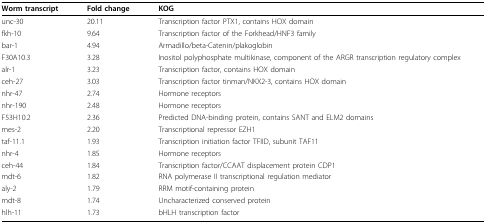
<table><thead><tr><td><b>Worm transcript</b></td><td><b>Fold change</b></td><td><b>KOG</b></td></tr></thead><tbody><tr><td>unc-30</td><td>20.11</td><td>Transcription factor PTX1, contains HOX domain</td></tr><tr><td>fkh-10</td><td>9.64</td><td>Transcription factor of the Forkhead/HNF3 family</td></tr><tr><td>bar-1</td><td>4.94</td><td>Armadillo/beta-Catenin/plakoglobin</td></tr><tr><td>F30A10.3</td><td>3.28</td><td>Inositol polyphosphate multikinase, component of the ARGR transcription regulatory complex</td></tr><tr><td>alr-1</td><td>3.23</td><td>Transcription factor, contains HOX domain</td></tr><tr><td>ceh-27</td><td>3.03</td><td>Transcription factor tinman/NKX2-3, contains HOX domain</td></tr><tr><td>nhr-47</td><td>2.74</td><td>Hormone receptors</td></tr><tr><td>nhr-190</td><td>2.48</td><td>Hormone receptors</td></tr><tr><td>F53H10.2</td><td>2.36</td><td>Predicted DNA-binding protein, contains SANT and ELM2 domains</td></tr><tr><td>mes-2</td><td>2.20</td><td>Transcriptional repressor EZH1</td></tr><tr><td>taf-11.1</td><td>1.93</td><td>Transcription initiation factor TFIID, subunit TAF11</td></tr><tr><td>nhr-4</td><td>1.85</td><td>Hormone receptors</td></tr><tr><td>ceh-44</td><td>1.84</td><td>Transcription factor/CCAAT displacement protein CDP1</td></tr><tr><td>mdt-6</td><td>1.82</td><td>RNA polymerase II transcriptional regulation mediator</td></tr><tr><td>aly-2</td><td>1.79</td><td>RRM motif-containing protein</td></tr><tr><td>mdt-8</td><td>1.74</td><td>Uncharacterized conserved protein</td></tr><tr><td>hlh-11</td><td>1.73</td><td>bHLH transcription factor</td></tr></tbody></table>